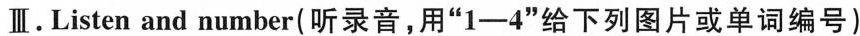
Ⅲ. Listen and number(听录音,用“1-4"给下列图片或单词编号)